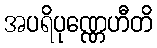
အပရိပုဏ္ဏေဟီတိ